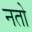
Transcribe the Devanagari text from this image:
नतो